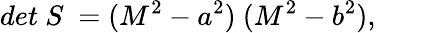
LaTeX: det~S~=(M^{2}-a^{2})~(M^{2}-b^{2}),\qquad